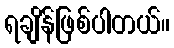
ရချိန်ဖြစ်ပါတယ်။